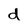
Character: d